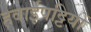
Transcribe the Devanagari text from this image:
हवाईपट्टियों